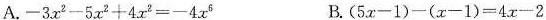
A.$$-3x^{2}-5x^{2}+4x^{2}=-4x^{6}$$ B.$$(5x-1)-(x-1)=4x-2$$